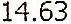
14.63